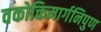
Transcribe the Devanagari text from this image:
वकोक्तिमार्गनिपुण